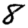
Digit: 8